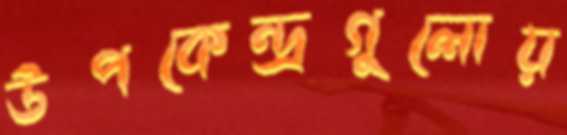
উপকেন্দ্রগুলোয়